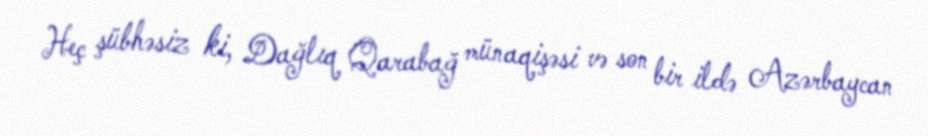
Heç şübhəsiz ki, Dağlıq Qarabağ münaqişəsi və son bir ildə Azərbaycan